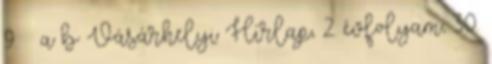
9. ↑ a b Vásárhelyi Hírlap, 2. évfolyam, 30.